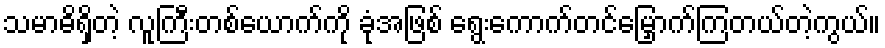
သမာဓိရှိတဲ့ လူကြီးတစ်ယောက်ကို ခုံအဖြစ် ရွေးကောက်တင်မြှောက်ကြတယ်တဲ့ကွယ်။